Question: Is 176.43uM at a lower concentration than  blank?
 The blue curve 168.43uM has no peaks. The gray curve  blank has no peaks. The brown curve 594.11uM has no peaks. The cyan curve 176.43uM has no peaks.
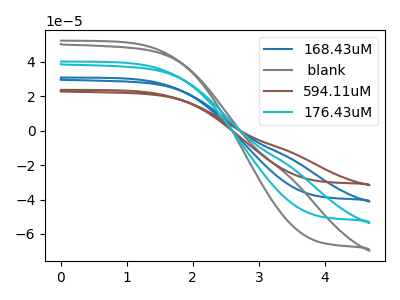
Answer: <think>Neither " blank" or "176.43uM" have any peaks.
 </think>
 <answer>I cant tell if " blank" or "176.43uM" has higher concentration.</answer>
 <eval>mixed_concentration</eval>